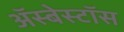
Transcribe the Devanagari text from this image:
ॲस्बेस्टॉस